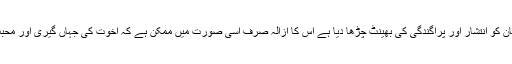
ان کا خیال تھا کہ ہوس زر نے انسان کو انتشار اور پراگندگی کی بھینٹ چڑھا دیا ہے اس کا ازالہ صرف اسی صورت میں ممکن ہے کہ اخوت کی جہاں گیری اور محبت کی فراوانی کو یقینی بنایا جائے۔